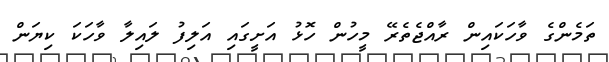
ތަމެންގެ ވާހަކައިން ރާއްޖެތެރޭ މީހުން ހޮޅު އަށީގައި އަލިފު ލައިލާ ވާހަކަ ކިޔަން